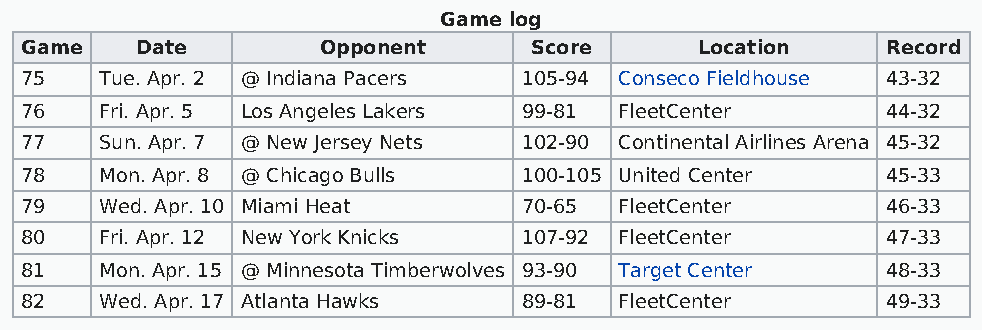
Game log
 Game    Date        Opponent      Score      Location     Record
 75    Tue. Apr. 2 @ Indiana Pacers 105-94 Conseco Fieldhouse 43-32
 76    Fri. Apr. 5 Los Angeles Lakers 99-81 FleetCenter    44-32
 77    Sun. Apr. 7 @ New Jersey Nets 102-90 Continental Airlines Arena 45-32
 78    Mon. Apr. 8 @ Chicago Bulls 100-105 United Center   45-33
 79    Wed. Apr. 10 Miami Heat     70-65 FleetCenter       46-33
 80    Fri. Apr. 12 New York Knicks 107-92 FleetCenter     47-33
 81    Mon. Apr. 15 @ Minnesota Timberwolves 93-90 Target Center 48-33
 82    Wed. Apr. 17 Atlanta Hawks  89-81 FleetCenter       49-33